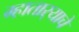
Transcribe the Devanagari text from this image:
म्हातार्‍याचे